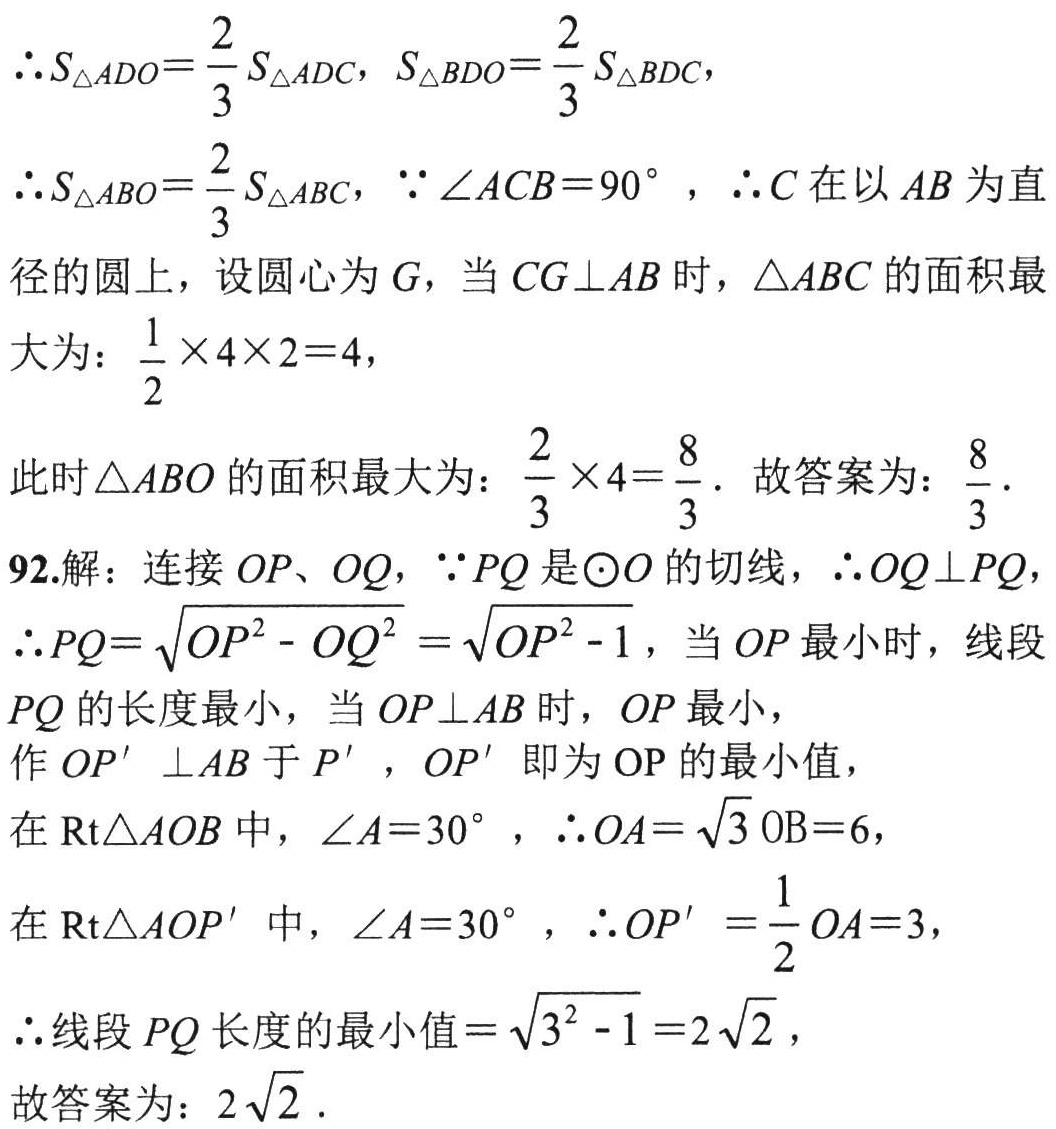
\(\therefore S_{\triangle ADO}=\frac{2}{3}S_{\triangle ADC}\)，\(S_{\triangle BDO}=\frac{2}{3}S_{\triangle BDC}\)，
\(\therefore S_{\triangle ABO}=\frac{2}{3}S_{\triangle ABC}\)，\(\because\angle ACB = 90^{\circ}\)，\(\therefore C\) 在以 \(AB\) 为直径的圆上，设圆心为 \(G\)，当 \(CG\perp AB\) 时，\(\triangle ABC\) 的面积最大为：\(\frac{1}{2}\times4\times2 = 4\)，
此时 \(\triangle ABO\) 的面积最大为：\(\frac{2}{3}\times4=\frac{8}{3}\)．故答案为：\(\frac{8}{3}\)．
92.解：连接 \(OP\)、\(OQ\)，\(\because PQ\) 是 \(\odot O\) 的切线，\(\therefore OQ\perp PQ\)，
\(\therefore PQ=\sqrt{OP^{2}-OQ^{2}}=\sqrt{OP^{2}-1}\)，当 \(OP\) 最小时，线段 \(PQ\) 的长度最小，当 \(OP\perp AB\) 时，\(OP\) 最小，
作 \(OP'\perp AB\) 于 \(P'\)，\(OP'\) 即为 \(OP\) 的最小值，
在 \(\text{Rt}\triangle AOB\) 中，\(\angle A = 30^{\circ}\)，\(\therefore OA=\sqrt{3}OB = 6\)，
在 \(\text{Rt}\triangle AOP'\) 中，\(\angle A = 30^{\circ}\)，\(\therefore OP'=\frac{1}{2}OA = 3\)，
\(\therefore\) 线段 \(PQ\) 长度的最小值 \(=\sqrt{3^{2}-1}=2\sqrt{2}\)，
故答案为：\(2\sqrt{2}\)．